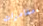
مغامرات